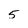
Character: 5